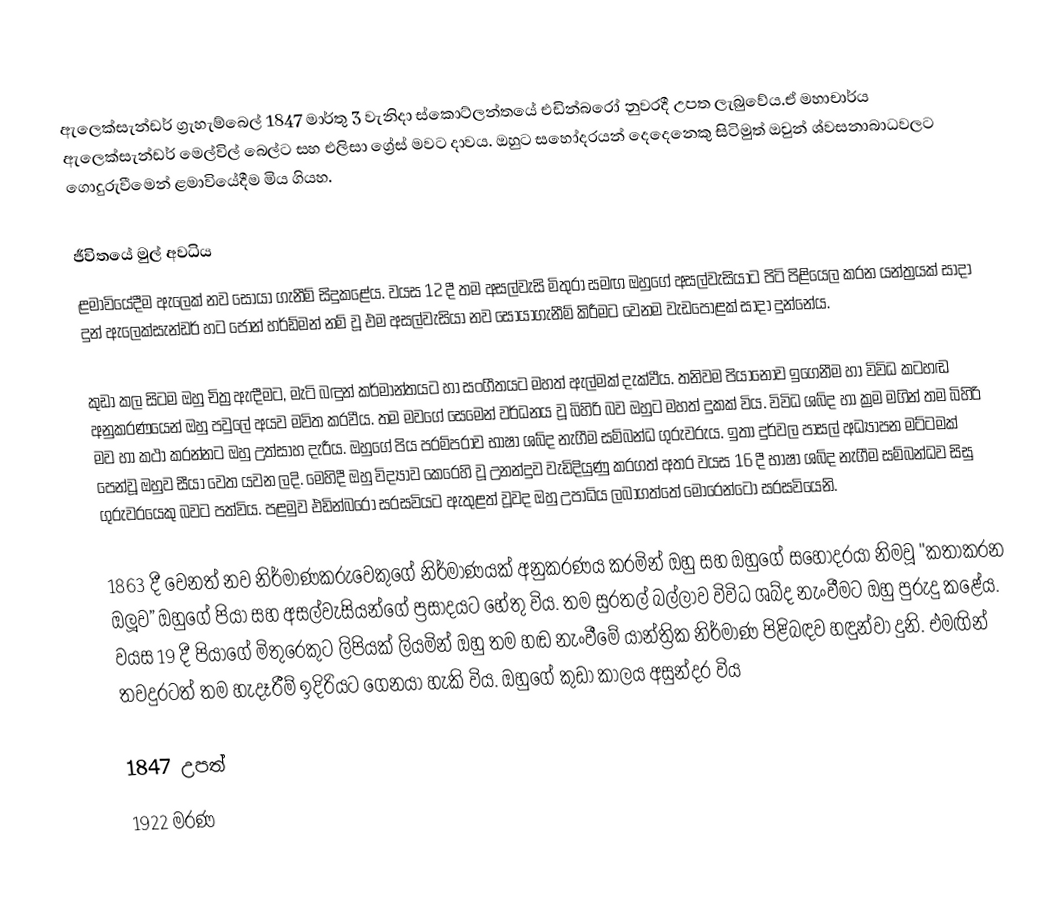
ඇලෙක්සැන්ඩර් ග්‍රැහැම්බෙල් 1847 මාර්තු 3 වැනිදා ස්කොට්ලන්තයේ එඩින්බරෝ නුවරදී උපත ලැබුවේය.ඒ මහාචාර්ය ඇලෙක්සැන්ඩර් මෙල්විල් බෙල්ට සහ එලිසා ග්‍රේස් මවට දාවය. ඔහුට සහෝදරයන් දෙදෙනෙකු සිටිමුත් ඔවුන් ශ්වසනාබාධවලට ගොදුරුවීමෙන් ළමාවියේදීම මිය ගියහ.

ජීවිතයේ මුල් අවධිය
ළමාවියේදීම ඇලෙක් නව සොයා ගැනීම් සිදුකළේය. වයස 12 දී තම අසල්වැසි මිතුරා සමඟ ඔහුගේ අසල්වැසියාට පිටි පිළියෙල කරන යන්ත්‍රයක් සාදා දුන් ඇලෙක්සැන්ඩර් හට ජෝන් හර්ඩ්මන් නම් වූ එම අසල්වැසියා නව සොයාගැනීම් කිරීමට වෙනම වැඩපොළක් සාදා දුන්නේය.

කුඩා කල සිටම ඔහු චිත්‍ර ඇඳීමට, මැටි බඳුන් කර්මාන්තයට හා සංගීතයට මහත් ඇල්මක් දැක්වීය. තනිවම පියානෝව ඉගෙනීම හා විවිධ කටහඬ අනුකරණයෙන් ඔහු පවුලේ අයව මවිත කරවීය. තම මවගේ සෙමෙන් වර්ධනය වූ බිහිරි බව ඔහුට මහත් දුකක් විය. විවිධ ශබ්ද හා ක්‍රම මගින් තම බිහිරි මව හා කථා කරන්නට ඔහු උත්සාහ දැරීය. ඔහුගේ පිය පරම්පරාව භාෂා ශබ්ද නැගීම සම්බන්ධ ගුරුවරුය. ඉතා දුර්වල පාසල් අධ්‍යාපන මට්ටමක් පෙන්වූ ඔහුව සීයා වෙත යවන ලදි. මෙහිදී ඔහු විද්‍යාව කෙරෙහි වූ උනන්දුව වැඩිදියුණු කරගත් අතර වයස 16 දී භාෂා ශබ්ද නැගීම සම්බන්ධව සිසු ගුරුවරයෙකු බවට පත්විය. පළමුව එඩින්බරෝ සරසවියට ඇතුළත් වූවද ඔහු උපාධිය ලබාගත්තේ මොරෙන්ටෝ සරසවියෙනි.

1863 දී වෙනත් නව නිර්මාණකරුවෙකුගේ නිර්මාණයක් අනුකරණය කරමින් ඔහු සහ ඔහුගේ සහෝදරයා නිමවූ "කතාකරන ඔලූව” ඔහුගේ පියා සහ අසල්වැසියන්ගේ ප්‍රසාදයට හේතු විය. තම සුරතල් බල්ලාව විවිධ ශබ්ද නැංවීමට ඔහු පුරුදු කළේය. වයස 19 දී පියාගේ මිතුරෙකුට ලිපියක් ලියමින් ඔහු තම හඬ නැංවීමේ යාන්ත්‍රික නිර්මාණ පිළිබඳව හඳුන්වා දුනි. එමඟින් තවදුරටත් තම හැදෑරීම් ඉදිරියට ගෙනයා හැකි විය. ඔහුගේ කුඩා කාලය අසුන්දර විය

1847 උපත්
1922 මරණ